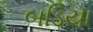
બડિયા